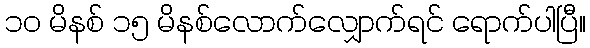
၁၀ မိနစ် ၁၅ မိနစ်လောက်လျှောက်ရင် ရောက်ပါပြီ။